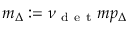
m _ { \Delta } : = \nu _ { \mathrm { ~ d ~ e ~ t ~ } } m p _ { \Delta }